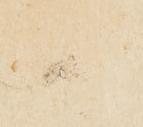
御